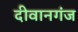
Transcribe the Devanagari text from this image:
दीवानगंज